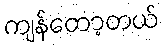
ကျန်တော့တယ်